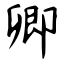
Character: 卿